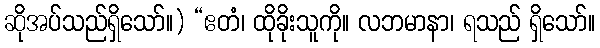
ဆိုအပ်သည်ရှိသော်။) “ဧတံ၊ ထိုခိုးသူကို။ လဘမာနာ၊ ရသည် ရှိသော်။